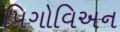
પિગોવિઅન